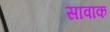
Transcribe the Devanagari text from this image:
सावाक